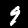
Label: 9